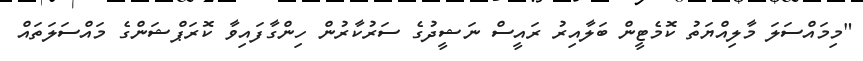
"މިމައްސަލަ މާލިއްޔަތު ކޮމެޓީން ބަލާއިރު ރައީސް ނަޝީދުގެ ސަރުކާރުން ހިންގާފައިވާ ކޮރަޕްޝަންގެ މައްސަލަތައް